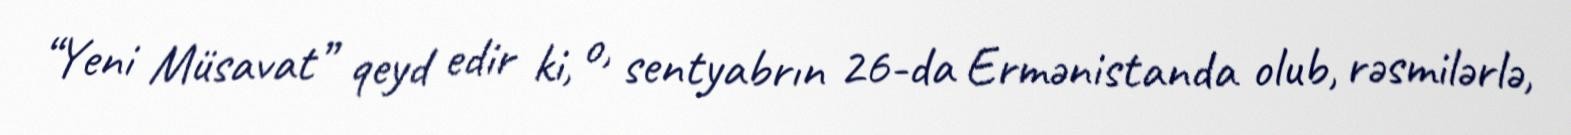
“Yeni Müsavat” qeyd edir ki, o, sentyabrın 26-da Ermənistanda olub, rəsmilərlə,